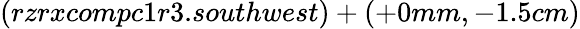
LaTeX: (rzrxcompc1r3.southwest)+(+0mm,-1.5cm)